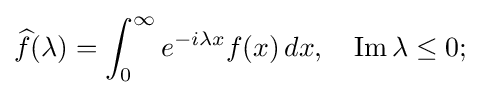
{\widehat {f}}(\lambda )=\int _{0}^{\infty }e^{-i\lambda x}f(x)\,dx,\quad \operatorname {Im} \lambda \leq 0;